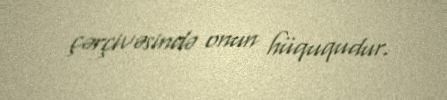
çərçivəsində onun hüququdur.